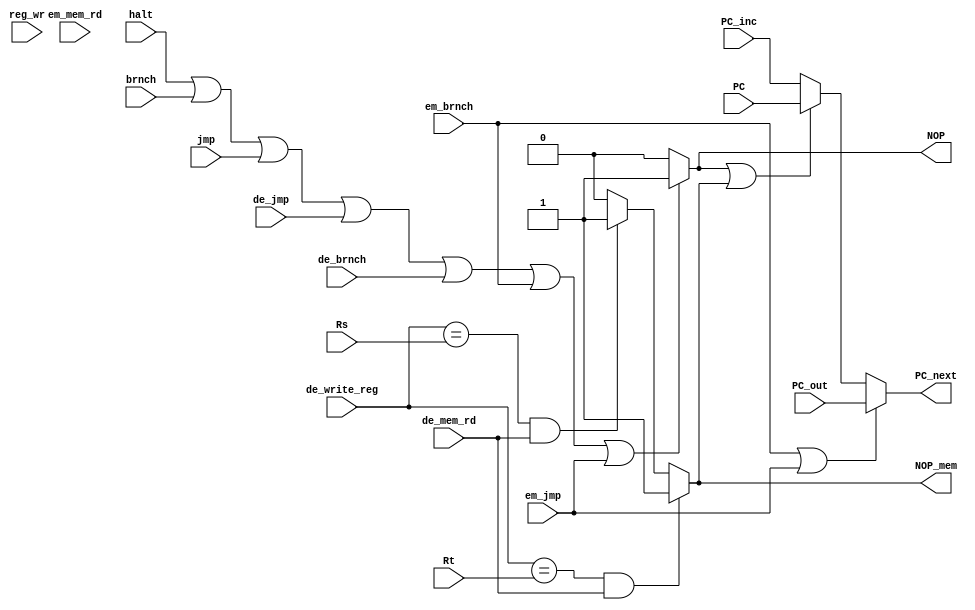
module hdu(de_write_reg, de_mem_rd, em_mem_rd,
  Rt, Rs, reg_wr, brnch, jmp, NOP, NOP_mem, PC_next, PC_out, PC, de_jmp,
  de_brnch, em_brnch, em_jmp, PC_inc, halt);

  input [15:0] PC, PC_out, PC_inc;
  input [2:0] Rt, Rs;
  // write registers for comparison
  input [2:0] de_write_reg;
  // only stall on reads and jumps
  input reg_wr, de_mem_rd, em_mem_rd, jmp, brnch, de_jmp, de_brnch;
  input em_brnch, em_jmp;
  input halt;
  output NOP, NOP_mem; // stalls the f/d and d/e stage, respectively
  output [15:0] PC_next;

  assign NOP = (halt|brnch|jmp|de_jmp|de_brnch|em_brnch|em_jmp) ? 1'b1 : // stall on branches
               1'b0;

  assign NOP_mem = (de_write_reg == Rt & de_mem_rd) ? 1'b1 :
                   (de_write_reg == Rs & de_mem_rd) ? 1'b1 :
                   1'b0;

  assign PC_next = (em_brnch | em_jmp) ? PC_out : // if we jumped, move the PC
                   (NOP|NOP_mem) ? PC : // if hazard, hold the PC
                   PC_inc; 

endmodule